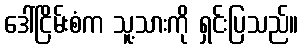
ဒေါ်ငြိမ်းစံက သူ့သားကို ရှင်းပြသည်။